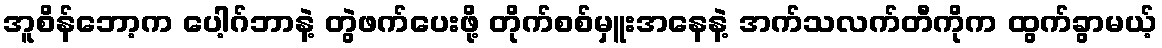
အူစိန်ဘော့က ပေါ့ဂ်ဘာနဲ့ တွဲဖက်ပေးဖို့ တိုက်စစ်မှူးအနေနဲ့ အက်သလက်တီကိုက ထွက်ခွာမယ့်